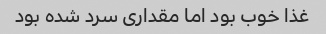
غذا خوب بود اما مقداری سرد شده بود